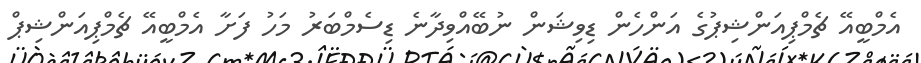
އެމްބީއޭ ޗެމްޕިއަންޝިޕުގެ އަންހެން ޑިވިޝަން ނުބޭއްވިދާނެ ޑިސެމްބަރު މަހު ފަށާ އެމްބީއޭ ޗެމްޕިއަންޝިޕް